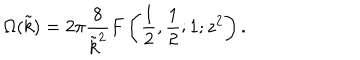
\Omega ( \tilde { k } ) = 2 \pi \frac { 8 } { \tilde { k } ^ { 2 } } F \left( \frac { 1 } { 2 } , \frac { 1 } { 2 } ; 1 ; z ^ { 2 } \right) .